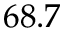
6 8 . 7